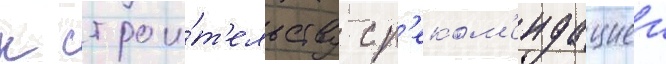
к строи́т'ельству с р'еком'ендациеи